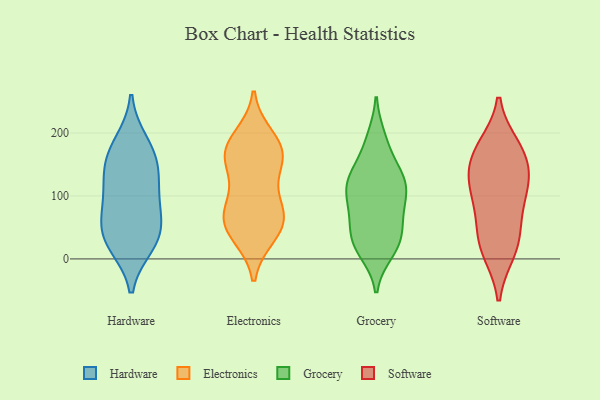
{"axis": {"x": "Waste Production (Tons)", "y": "Value"}, "legend": ["Electronics", "Grocery", "Hardware", "Software"], "data": [{"x": "", "y": 119, "type": "Hardware"}, {"x": "", "y": 88, "type": "Hardware"}, {"x": "", "y": 77, "type": "Hardware"}, {"x": "", "y": 31, "type": "Hardware"}, {"x": "", "y": 184, "type": "Hardware"}, {"x": "", "y": 131, "type": "Hardware"}, {"x": "", "y": 51, "type": "Hardware"}, {"x": "", "y": 33, "type": "Hardware"}, {"x": "", "y": 23, "type": "Hardware"}, {"x": "", "y": 159, "type": "Hardware"}, {"x": "", "y": 163, "type": "Hardware"}, {"x": "", "y": 38, "type": "Electronics"}, {"x": "", "y": 159, "type": "Electronics"}, {"x": "", "y": 73, "type": "Electronics"}, {"x": "", "y": 166, "type": "Electronics"}, {"x": "", "y": 173, "type": "Electronics"}, {"x": "", "y": 64, "type": "Electronics"}, {"x": "", "y": 149, "type": "Electronics"}, {"x": "", "y": 40, "type": "Electronics"}, {"x": "", "y": 106, "type": "Electronics"}, {"x": "", "y": 193, "type": "Electronics"}, {"x": "", "y": 64, "type": "Electronics"}, {"x": "", "y": 70, "type": "Electronics"}, {"x": "", "y": 176, "type": "Electronics"}, {"x": "", "y": 192, "type": "Grocery"}, {"x": "", "y": 50, "type": "Grocery"}, {"x": "", "y": 64, "type": "Grocery"}, {"x": "", "y": 130, "type": "Grocery"}, {"x": "", "y": 116, "type": "Grocery"}, {"x": "", "y": 127, "type": "Grocery"}, {"x": "", "y": 30, "type": "Grocery"}, {"x": "", "y": 19, "type": "Grocery"}, {"x": "", "y": 152, "type": "Grocery"}, {"x": "", "y": 108, "type": "Grocery"}, {"x": "", "y": 100, "type": "Grocery"}, {"x": "", "y": 77, "type": "Grocery"}, {"x": "", "y": 185, "type": "Grocery"}, {"x": "", "y": 29, "type": "Grocery"}, {"x": "", "y": 23, "type": "Grocery"}, {"x": "", "y": 74, "type": "Grocery"}, {"x": "", "y": 117, "type": "Grocery"}, {"x": "", "y": 124, "type": "Grocery"}, {"x": "", "y": 12, "type": "Grocery"}, {"x": "", "y": 172, "type": "Software"}, {"x": "", "y": 12, "type": "Software"}, {"x": "", "y": 178, "type": "Software"}, {"x": "", "y": 56, "type": "Software"}, {"x": "", "y": 142, "type": "Software"}, {"x": "", "y": 91, "type": "Software"}, {"x": "", "y": 15, "type": "Software"}, {"x": "", "y": 123, "type": "Software"}, {"x": "", "y": 36, "type": "Software"}, {"x": "", "y": 170, "type": "Software"}, {"x": "", "y": 126, "type": "Software"}, {"x": "", "y": 105, "type": "Software"}]}